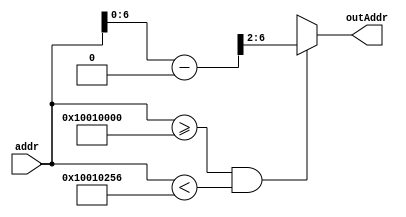
module addrDecoderRAM1 #(
parameter WIDTH = 32,
parameter numPosMem = 64
)(
input [WIDTH-1:0] addr,
output reg [$clog2(numPosMem)-2:0] outAddr
);

always @(addr) begin
	if(addr>=32'h10010000 && addr<32'h10010256) 
		outAddr = (addr-32'h10010000)>>2;
	else 
		outAddr = 5'bx;
	
end



endmodule